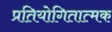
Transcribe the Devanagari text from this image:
प्रतियोगितात्मक